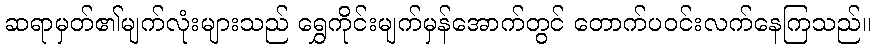
ဆရာမှတ်၏မျက်လုံးများသည် ရွှေကိုင်းမျက်မှန်အောက်တွင် တောက်ပဝင်းလက်နေကြသည်။